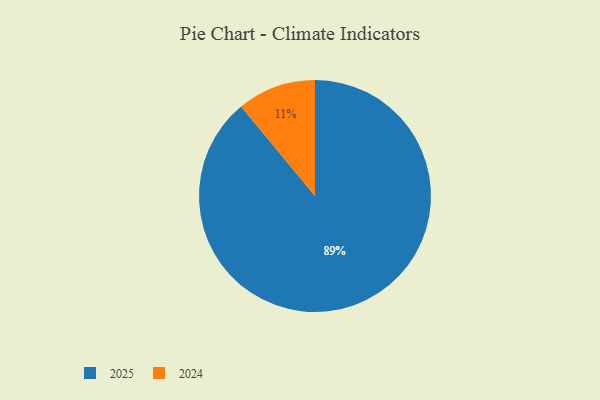
{"axis": {"x": "Category", "y": "Percentage"}, "legend": ["2024", "2025"], "data": [{"x": "2025", "y": 89, "type": "2025"}, {"x": "2024", "y": 11, "type": "2024"}]}